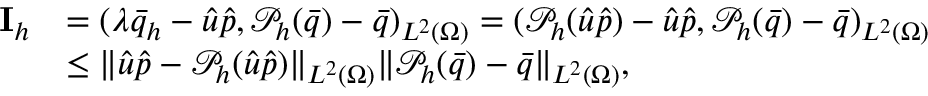
\begin{array} { r l } { \mathbf { I } _ { h } } & { = ( \lambda \bar { q } _ { h } - \hat { u } \hat { p } , \mathcal { P } _ { h } ( \bar { q } ) - \bar { q } ) _ { L ^ { 2 } ( \Omega ) } = ( \mathcal { P } _ { h } ( \hat { u } \hat { p } ) - \hat { u } \hat { p } , \mathcal { P } _ { h } ( \bar { q } ) - \bar { q } ) _ { L ^ { 2 } ( \Omega ) } } \\ & { \leq \| \hat { u } \hat { p } - \mathcal { P } _ { h } ( \hat { u } \hat { p } ) \| _ { L ^ { 2 } ( \Omega ) } \| \mathcal { P } _ { h } ( \bar { q } ) - \bar { q } \| _ { L ^ { 2 } ( \Omega ) } , } \end{array}